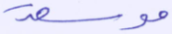
موسعة